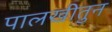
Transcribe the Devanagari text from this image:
पालखीतुन